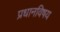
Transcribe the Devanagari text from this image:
प्रधानविषय